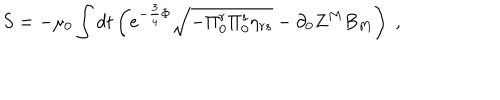
S = - \mu _ { 0 } \int d t \left( e ^ { - { \frac { 3 } { 4 } } \Phi } \sqrt { - \Pi _ { 0 } ^ { r } \Pi _ { 0 } ^ { s } \eta _ { r s } } - \partial _ { 0 } Z ^ { M } B _ { M } \right) \; ,